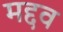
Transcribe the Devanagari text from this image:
मद्दव